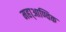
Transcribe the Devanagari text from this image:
महा्आण्विक